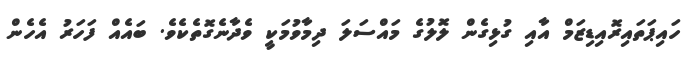
ހައިޕަތައިރޮއިޑިޒަމް އާއި ގުޅިގެން ލޮލުގެ މައްސަލަ ދިމާވުމަކީ ވެދާނެގޮތެކެވެ. ބައެއް ފަހަރު އެހެން